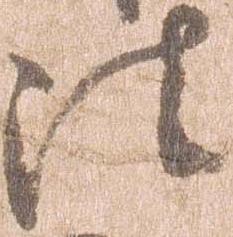
法